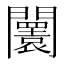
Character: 𨷤